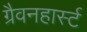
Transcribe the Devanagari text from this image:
ग्रैवनहार्स्ट